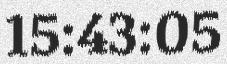
15:43:05